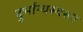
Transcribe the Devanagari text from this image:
दुर्भाग्यस्वरुप